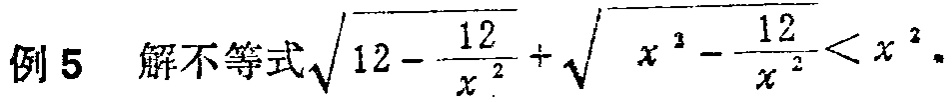
例5 解不等式\(\sqrt{12 - \frac{12}{x^{2}}} + \sqrt{x^{2} - \frac{12}{x^{2}}} < x^{2}\)